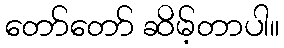
တော်တော် ဆိမ့်တာပါ။